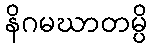
နိဂမဃာတမ္ပိ